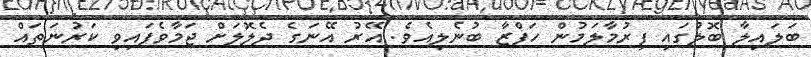
ބަލައިލާ ބޮލުގައި ފިރުމާލަމުން ހަފްޒާ ބުނެލިއެވެ. އޭރު އޭނަގެ ދެލޮލަށް ޖަމާވެފައިވި ކަރުނަތައް